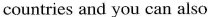
countries and you can also